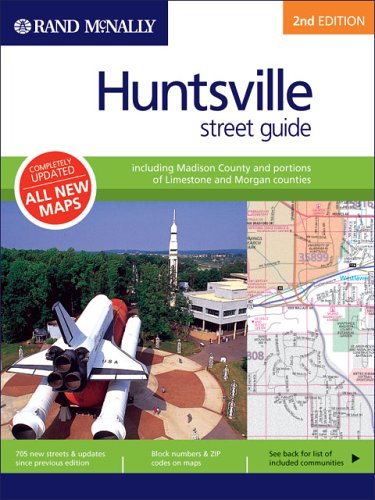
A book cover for Rand Mcnally Huntsville, Alabama: Street Guide (Rand McNally Huntsville (Alabama) Street Guide: Including Madison); Rand McNally and Company; Travel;